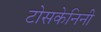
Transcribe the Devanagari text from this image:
टोसकेनिनी